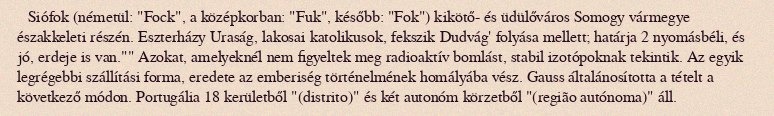
Siófok (németül: "Fock", a középkorban: "Fuk", később: "Fok") kikötő- és üdülőváros Somogy vármegye északkeleti részén. Eszterházy Uraság, lakosai katolikusok, fekszik Dudvág' folyása mellett; határja 2 nyomásbéli, és jó, erdeje is van."" Azokat, amelyeknél nem figyeltek meg radioaktív bomlást, stabil izotópoknak tekintik. Az egyik legrégebbi szállítási forma, eredete az emberiség történelmének homályába vész. Gauss általánosította a tételt a következő módon. Portugália 18 kerületből "(distrito)" és két autonóm körzetből "(região autónoma)" áll.